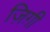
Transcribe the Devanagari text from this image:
ज़िग़ी